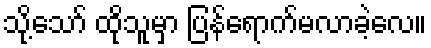
သို့သော် ထိုသူမှာ ပြန်ရောက်မလာခဲ့လေ။